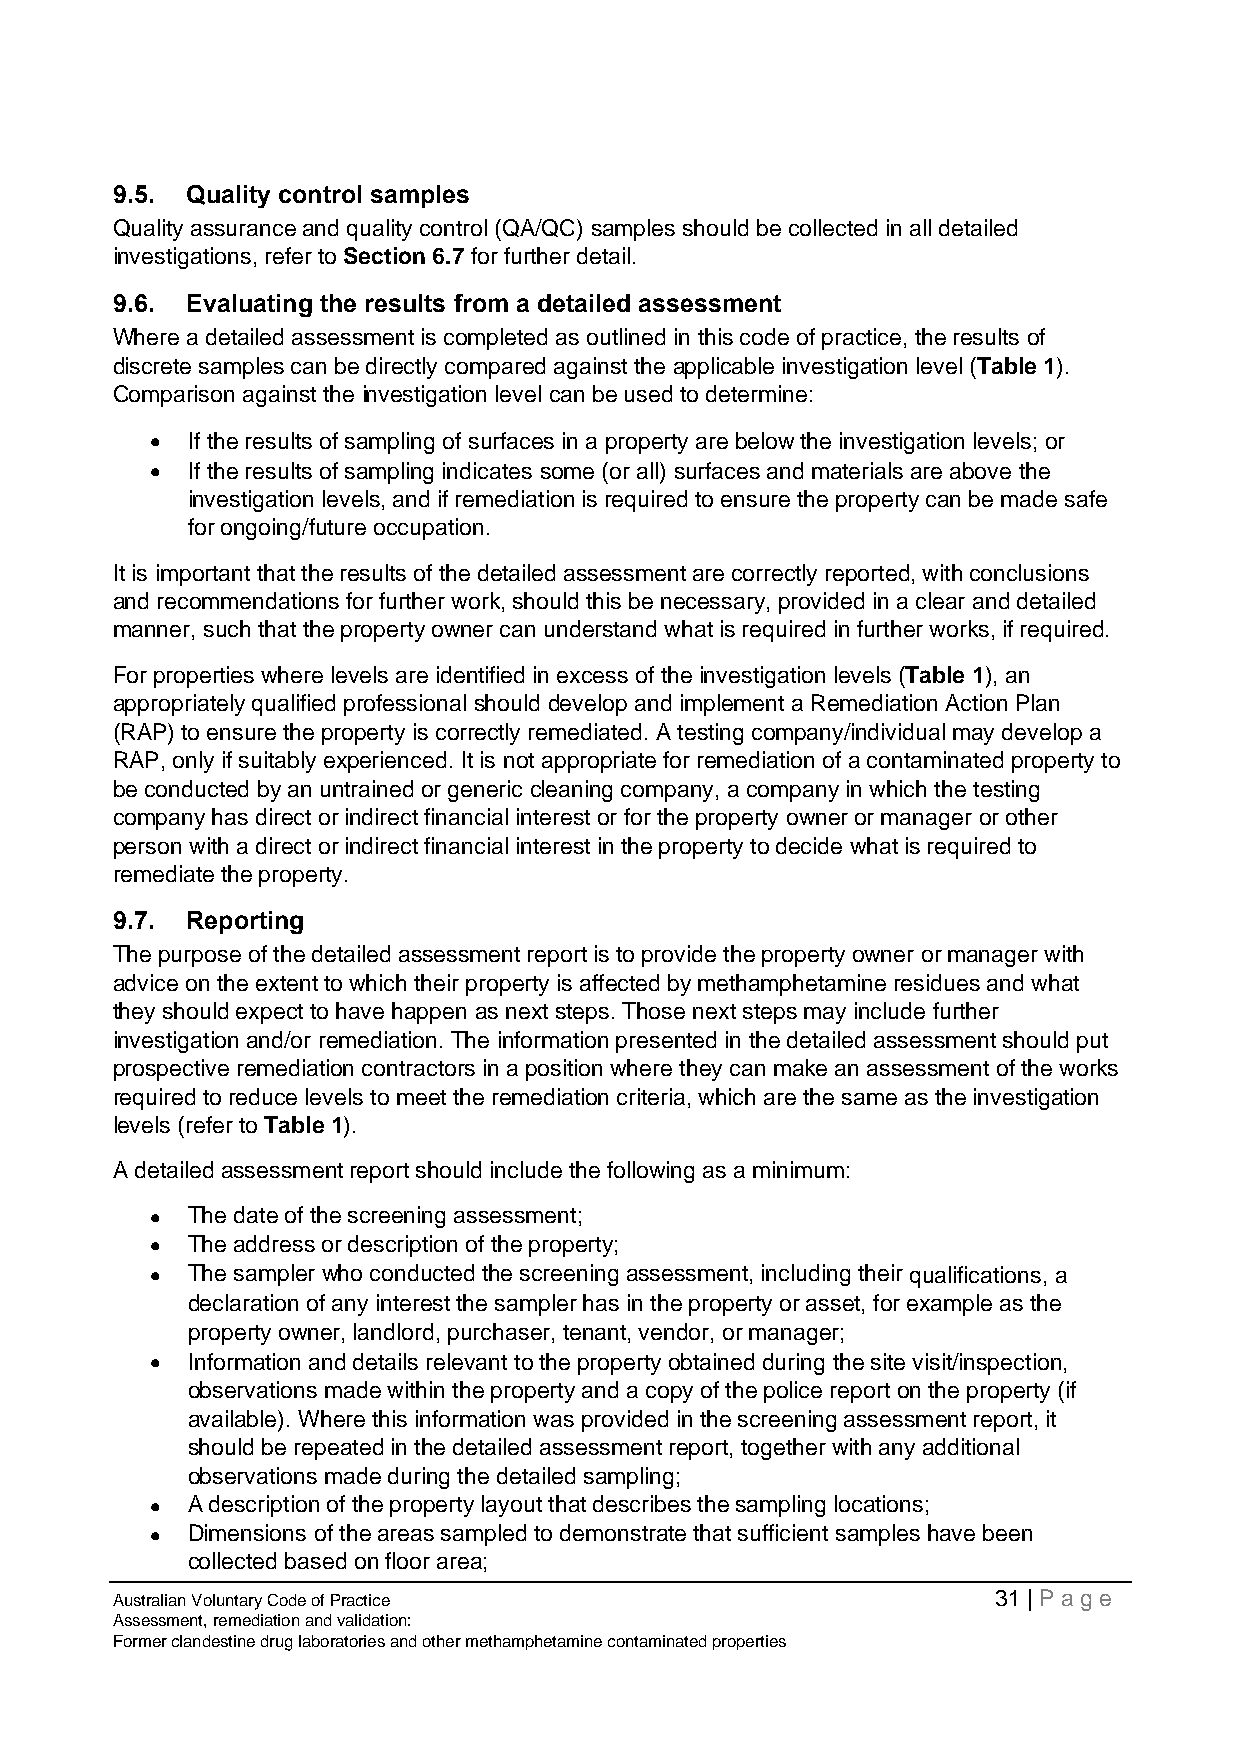
9.5. Quality control samples
 Quality assurance and quality control (QA/QC) samples should be collected in all detailed
 investigations, refer to Section 6.7 for further detail.
 9.6. Evaluating the results from a detailed assessment
 Where a detailed assessment is completed as outlined in this code of practice, the results of
 discrete samples can be directly compared against the applicable investigation level (Table 1).
 Comparison against the investigation level can be used to determine:
 • If the results of sampling of surfaces in a property are below the investigation levels; or
 • If the results of sampling indicates some (or all) surfaces and materials are above the
 investigation levels, and if remediation is required to ensure the property can be made safe
 for ongoing/future occupation.
 It is important that the results of the detailed assessment are correctly reported, with conclusions
 and recommendations for further work, should this be necessary, provided in a clear and detailed
 manner, such that the property owner can understand what is required in further works, if required.
 For properties where levels are identified in excess of the investigation levels (Table 1), an
 appropriately qualified professional should develop and implement a Remediation Action Plan
 (RAP) to ensure the property is correctly remediated. A testing company/individual may develop a
 RAP, only if suitably experienced. It is not appropriate for remediation of a contaminated property to
 be conducted by an untrained or generic cleaning company, a company in which the testing
 company has direct or indirect financial interest or for the property owner or manager or other
 person with a direct or indirect financial interest in the property to decide what is required to
 remediate the property.
 9.7. Reporting
 The purpose of the detailed assessment report is to provide the property owner or manager with
 advice on the extent to which their property is affected by methamphetamine residues and what
 they should expect to have happen as next steps. Those next steps may include further
 investigation and/or remediation. The information presented in the detailed assessment should put
 prospective remediation contractors in a position where they can make an assessment of the works
 required to reduce levels to meet the remediation criteria, which are the same as the investigation
 levels (refer to Table 1).
 A detailed assessment report should include the following as a minimum:
 • The date of the screening assessment;
 • The address or description of the property;
 • The sampler who conducted the screening assessment, including their qualifications, a
 declaration of any interest the sampler has in the property or asset, for example as the
 property owner, landlord, purchaser, tenant, vendor, or manager;
 • Information and details relevant to the property obtained during the site visit/inspection,
 observations made within the property and a copy of the police report on the property (if
 available). Where this information was provided in the screening assessment report, it
 should be repeated in the detailed assessment report, together with any additional
 observations made during the detailed sampling;
 • A description of the property layout that describes the sampling locations;
 • Dimensions of the areas sampled to demonstrate that sufficient samples have been
 collected based on floor area;
 Australian Voluntary Code of Practice                      31 | Page
 Assessment, remediation and validation:
 Former clandestine drug laboratories and other methamphetamine contaminated properties